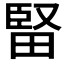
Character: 𤲗